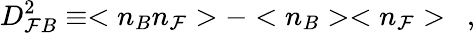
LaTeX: D_{\mathcal{F}B}^{2}\equiv<n_{B}n_{\mathcal{F}}>-<n_{B}><n_{\mathcal{F}}>\ \ ,